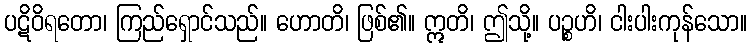
ပဋိဝိရတော၊ ကြည်ရှောင်သည်။ ဟောတိ၊ ဖြစ်၏။ ဣတိ၊ ဤသို့။ ပဉ္စဟိ၊ ငါးပါးကုန်သော။